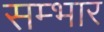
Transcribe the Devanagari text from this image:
सम्भार